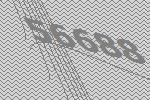
56688